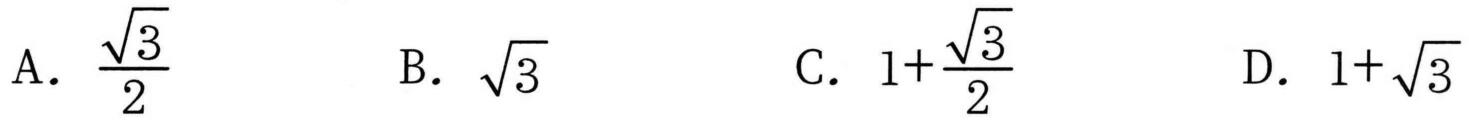
A. \(\frac{\sqrt{3}}{2}\)  B. \(\sqrt{3}\)  C. \(1 + \frac{\sqrt{3}}{2}\)  D. \(1+\sqrt{3}\)